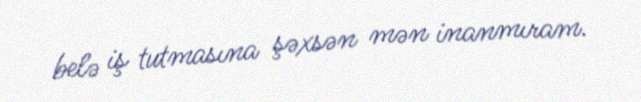
belə iş tutmasına şəxsən mən inanmıram.